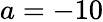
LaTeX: a=-10